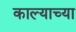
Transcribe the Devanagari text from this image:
काल्याच्या